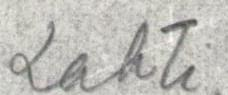
Lahti